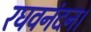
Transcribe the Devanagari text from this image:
रघवनंदन।